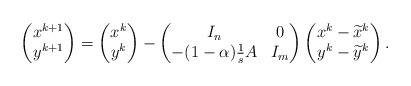
LaTeX: \begin{align*}\begin{pmatrix}x^{k+1}\\y^{k+1}\end{pmatrix}=\begin{pmatrix}x^{k}\\y^{k}\end{pmatrix}-\begin{pmatrix}I_n&0\\-(1-\alpha)\frac{1}{s}A&I_m\end{pmatrix}\begin{pmatrix}x^{k}-\widetilde{x}^k\\y^{k}-\widetilde{y}^k\end{pmatrix}.\end{align*}